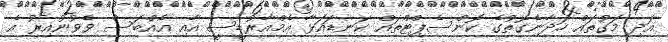
އަދި މަގުތައް ހަދާނެގޮތުގެ ކޮންސެޕްޓްތައް ކަނޑައަޅާ އެމްއާރުޑީސީ އާއި އެއްބަސް ވެވުނުއިރު އެ